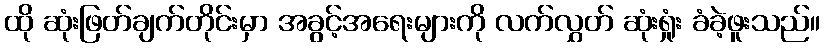
ထို ဆုံးဖြတ်ချက်တိုင်းမှာ အခွင့်အရေးများကို လက်လွှတ် ဆုံးရှုံး ခံခဲ့ဖူးသည်။